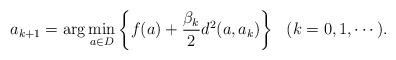
LaTeX: \begin{align*}a_{k+1}={\rm arg}\displaystyle\min_{a\in D}\left\{f(a)+\frac{\beta_{k}}{2}d^2(a,a_{k})\right\} \ \ (k=0,1,\cdots). \end{align*}